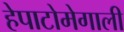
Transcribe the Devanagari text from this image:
हेपाटोमेगाली